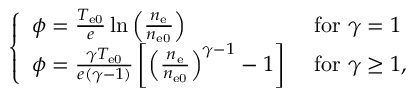
\begin{array} { r } { \left\{ \begin{array} { l l } { \phi = \frac { T _ { \mathrm { e 0 } } } { e } \ln \left( \frac { n _ { \mathrm { e } } } { n _ { \mathrm { e 0 } } } \right) } & { \, \, \mathrm { f o r } \, \, \gamma = 1 } \\ { \phi = \frac { \gamma T _ { \mathrm { e 0 } } } { e ( \gamma - 1 ) } \left[ \left( \frac { n _ { \mathrm { e } } } { n _ { \mathrm { e 0 } } } \right) ^ { \gamma - 1 } - 1 \right] } & { \, \, \mathrm { f o r } \, \, \gamma \ge 1 , } \end{array} \right. } \end{array}